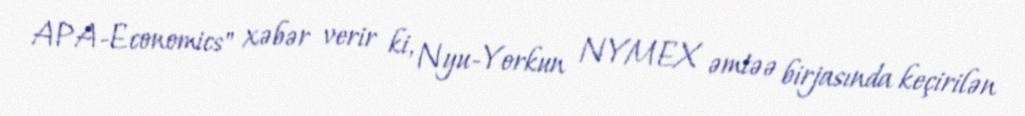
APA-Economics" xəbər verir ki, Nyu-Yorkun NYMEX əmtəə birjasında keçirilən